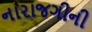
નારાજગીની